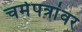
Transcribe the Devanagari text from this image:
चर्मपत्रांवर